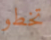
تخطو